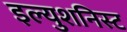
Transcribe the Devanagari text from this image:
इल्युशनिस्ट